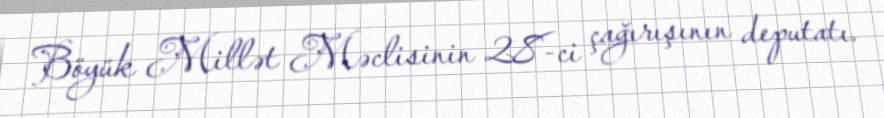
Böyük Millət Məclisinin 28-ci çağırışının deputatı.